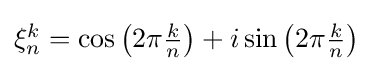
{\textstyle \xi _{n}^{k}=\cos {\bigl (}2\pi {\frac {k}{n}}{\bigr )}+i\sin {\bigl (}2\pi {\frac {k}{n}}{\bigr )}}